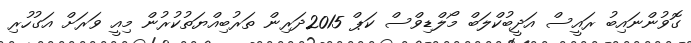
ގޮވުންނައިބު ރައީސް އަދީބުކްލަބް މޯލްޑިވްސް ކަޕް 2015ދަރިން ތަރުބިއްޔަތުކުރުން މިއީ ވަރަށް އަގުހުރި